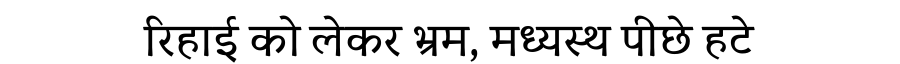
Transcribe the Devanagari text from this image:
रिहाई को लेकर भ्रम, मध्यस्थ पीछे हटे